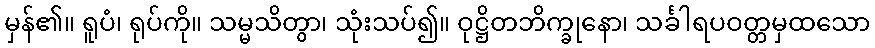
မှန်၏။ ရူပံ၊ ရုပ်ကို။ သမ္မသိတွာ၊ သုံးသပ်၍။ ဝုဋ္ဌိတဘိက္ခုနော၊ သင်္ခါရပဝတ္တမှထသော